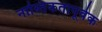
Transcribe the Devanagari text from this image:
नास्तिकतापूर्वक